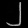
Digit: ၂